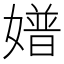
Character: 𡡝